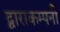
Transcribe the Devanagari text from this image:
द्वाराकम्‍पनी